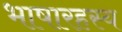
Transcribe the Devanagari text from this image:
भाषारहस्य